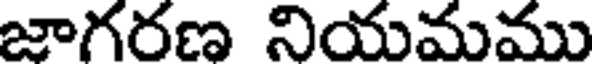
జాగరణ నియమము